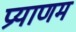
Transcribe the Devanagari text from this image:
प्रयाणम